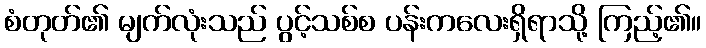
စံတုတ်၏ မျက်လုံးသည် ပွင့်သစ်စ ပန်းကလေးရှိရာသို့ ကြည့်၏။